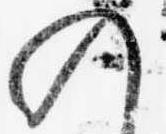
の